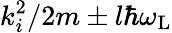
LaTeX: k_{i}^{2}/2m\pm l\hbar\omega_{\mathrm{L}}